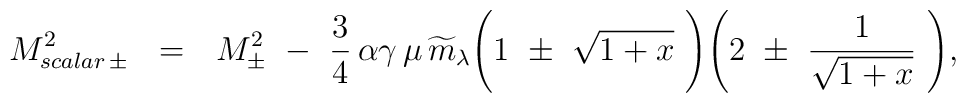
M^2_{scalar\,\pm}~ ~=~~ M^2_{\pm} ~-~ {3 \over 4}\, \alpha \gamma\, \mu \,\widetilde{m}_\lambda \Bigg (1~ \pm ~ \sqrt {1+x}~ \Bigg ) \Bigg (2~\pm~ {1\over \sqrt {1+x}}~\Bigg),